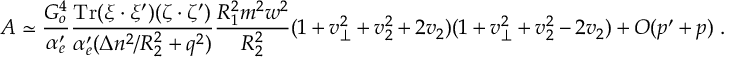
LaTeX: { \cal A } \simeq \frac { G _ { o } ^ { 4 } } { \alpha _ { e } ^ { \prime } } \frac { \mathrm { T r } ( \xi \cdot \xi ^ { \prime } ) ( \zeta \cdot \zeta ^ { \prime } ) } { \alpha _ { e } ^ { \prime } ( \Delta n ^ { 2 } / R _ { 2 } ^ { 2 } + q ^ { 2 } ) } \frac { R _ { 1 } ^ { 2 } m ^ { 2 } w ^ { 2 } } { R _ { 2 } ^ { 2 } } ( 1 + v _ { \perp } ^ { 2 } + v _ { 2 } ^ { 2 } + 2 v _ { 2 } ) ( 1 + v _ { \perp } ^ { 2 } + v _ { 2 } ^ { 2 } - 2 v _ { 2 } ) + { \cal O } ( p ^ { \prime } + p ) ~ .